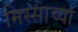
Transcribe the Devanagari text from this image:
मिस्साच्या